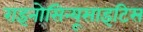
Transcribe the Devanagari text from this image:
राइनोसिन्यूसाइटिस